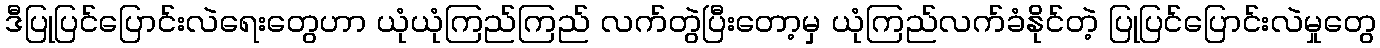
ဒီပြုပြင်ပြောင်းလဲရေးတွေဟာ ယုံယုံကြည်ကြည် လက်တွဲပြီးတော့မှ ယုံကြည်လက်ခံနိုင်တဲ့ ပြုပြင်ပြောင်းလဲမှုတွေ